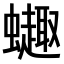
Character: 𫋦